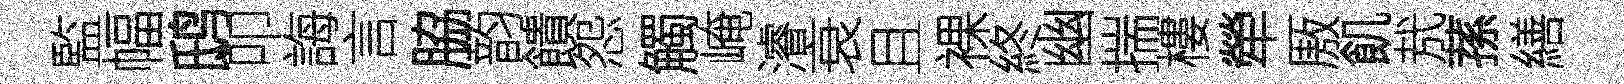
監幅鸱叩誨言脇韵饋怨觸崦濬衰且裸終幽揣樓犖厫飢㢤蓀繕